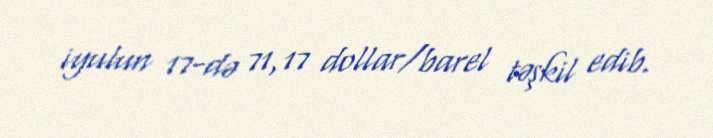
iyulun 17-də 71,17 dollar/barel təşkil edib.